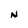
Character: N